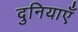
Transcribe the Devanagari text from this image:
दुनियाएँ